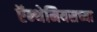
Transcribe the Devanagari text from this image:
ऍन्थेमियसच्या